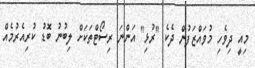
މިއީ ދިވެހި މުވައްޒަފުން ދެކެ "ރުޅި" އަންނަ ރިސޯޓްތަކަށް ލިބުނު ބޮޑު ކުރިއެރުމެއް